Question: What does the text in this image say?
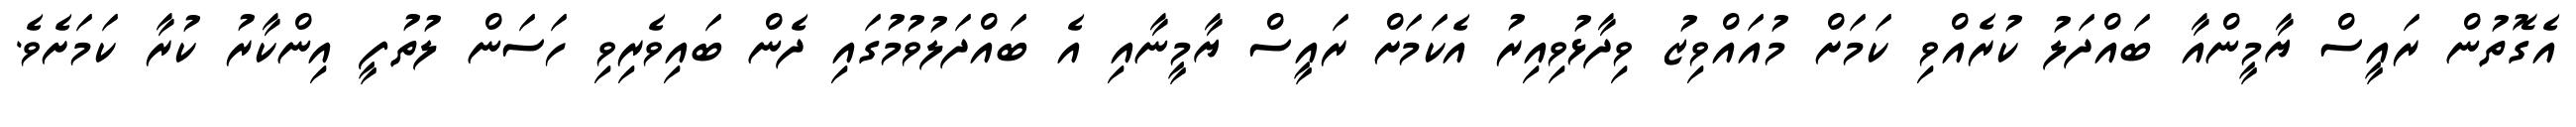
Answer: އެގޮތުން ރައީސް ޔާމީންއާ ބައްދަލު ކުރެއްވި ކަމަށް މުއައްވިޒު ވިދާޅުވިއިރު އެކަމަށް ރައީސް ޔާމީނާއި އެ ބައްދަލުވުމުގައި ދެން ބައިވެރިވި ހަސަން ލުތުފީ އިންކާރު ކުރާ ކަމަށެވެ.